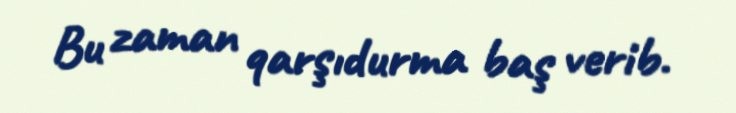
Bu zaman qarşıdurma baş verib.